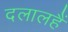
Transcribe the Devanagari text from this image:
दलालहैं